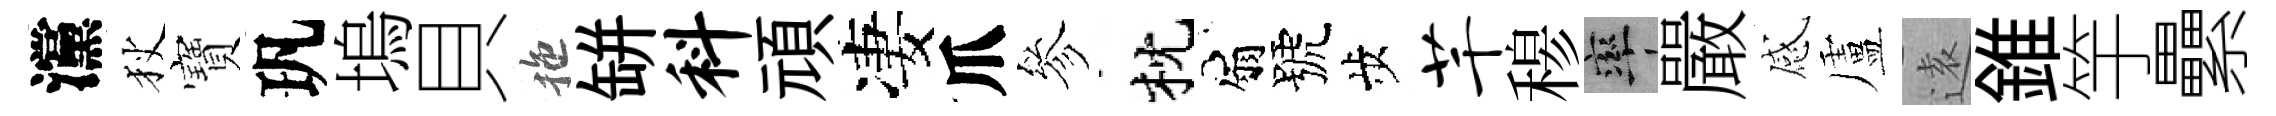
灙狄寶㺬塢貝拖缾料頑凄爪參枕扇號歩芊𥠇率嚴感盧逺錐竽纍